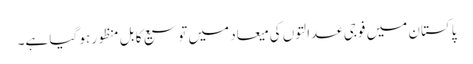
پاکستان میں فوجی عدالتوں کی میعاد میں توسیع کا بل منظور ہو گیا ہے۔